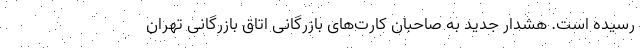
رسیده است. هشدار جدید به صاحبان کارت‌های بازرگانی اتاق بازرگانی تهران